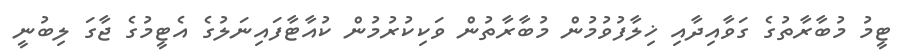
ޓީމު މުބާރާތުގެ ގަވާއިދާއި ޚިލާފުވުމުން މުބާރާތުން ވަކިކުރުމުން ކުއާޓާފައިނަލުގެ އެޓީމުގެ ޖާގަ ލިބުނީ